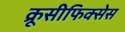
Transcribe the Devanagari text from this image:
क्रूसीफिक्‍सेस